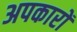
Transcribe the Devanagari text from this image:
अपकारों